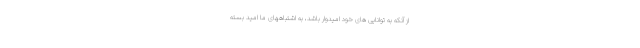
از آنکه به توانایی های خود امیدوار باشد، به اشتباههای ما امید بسته